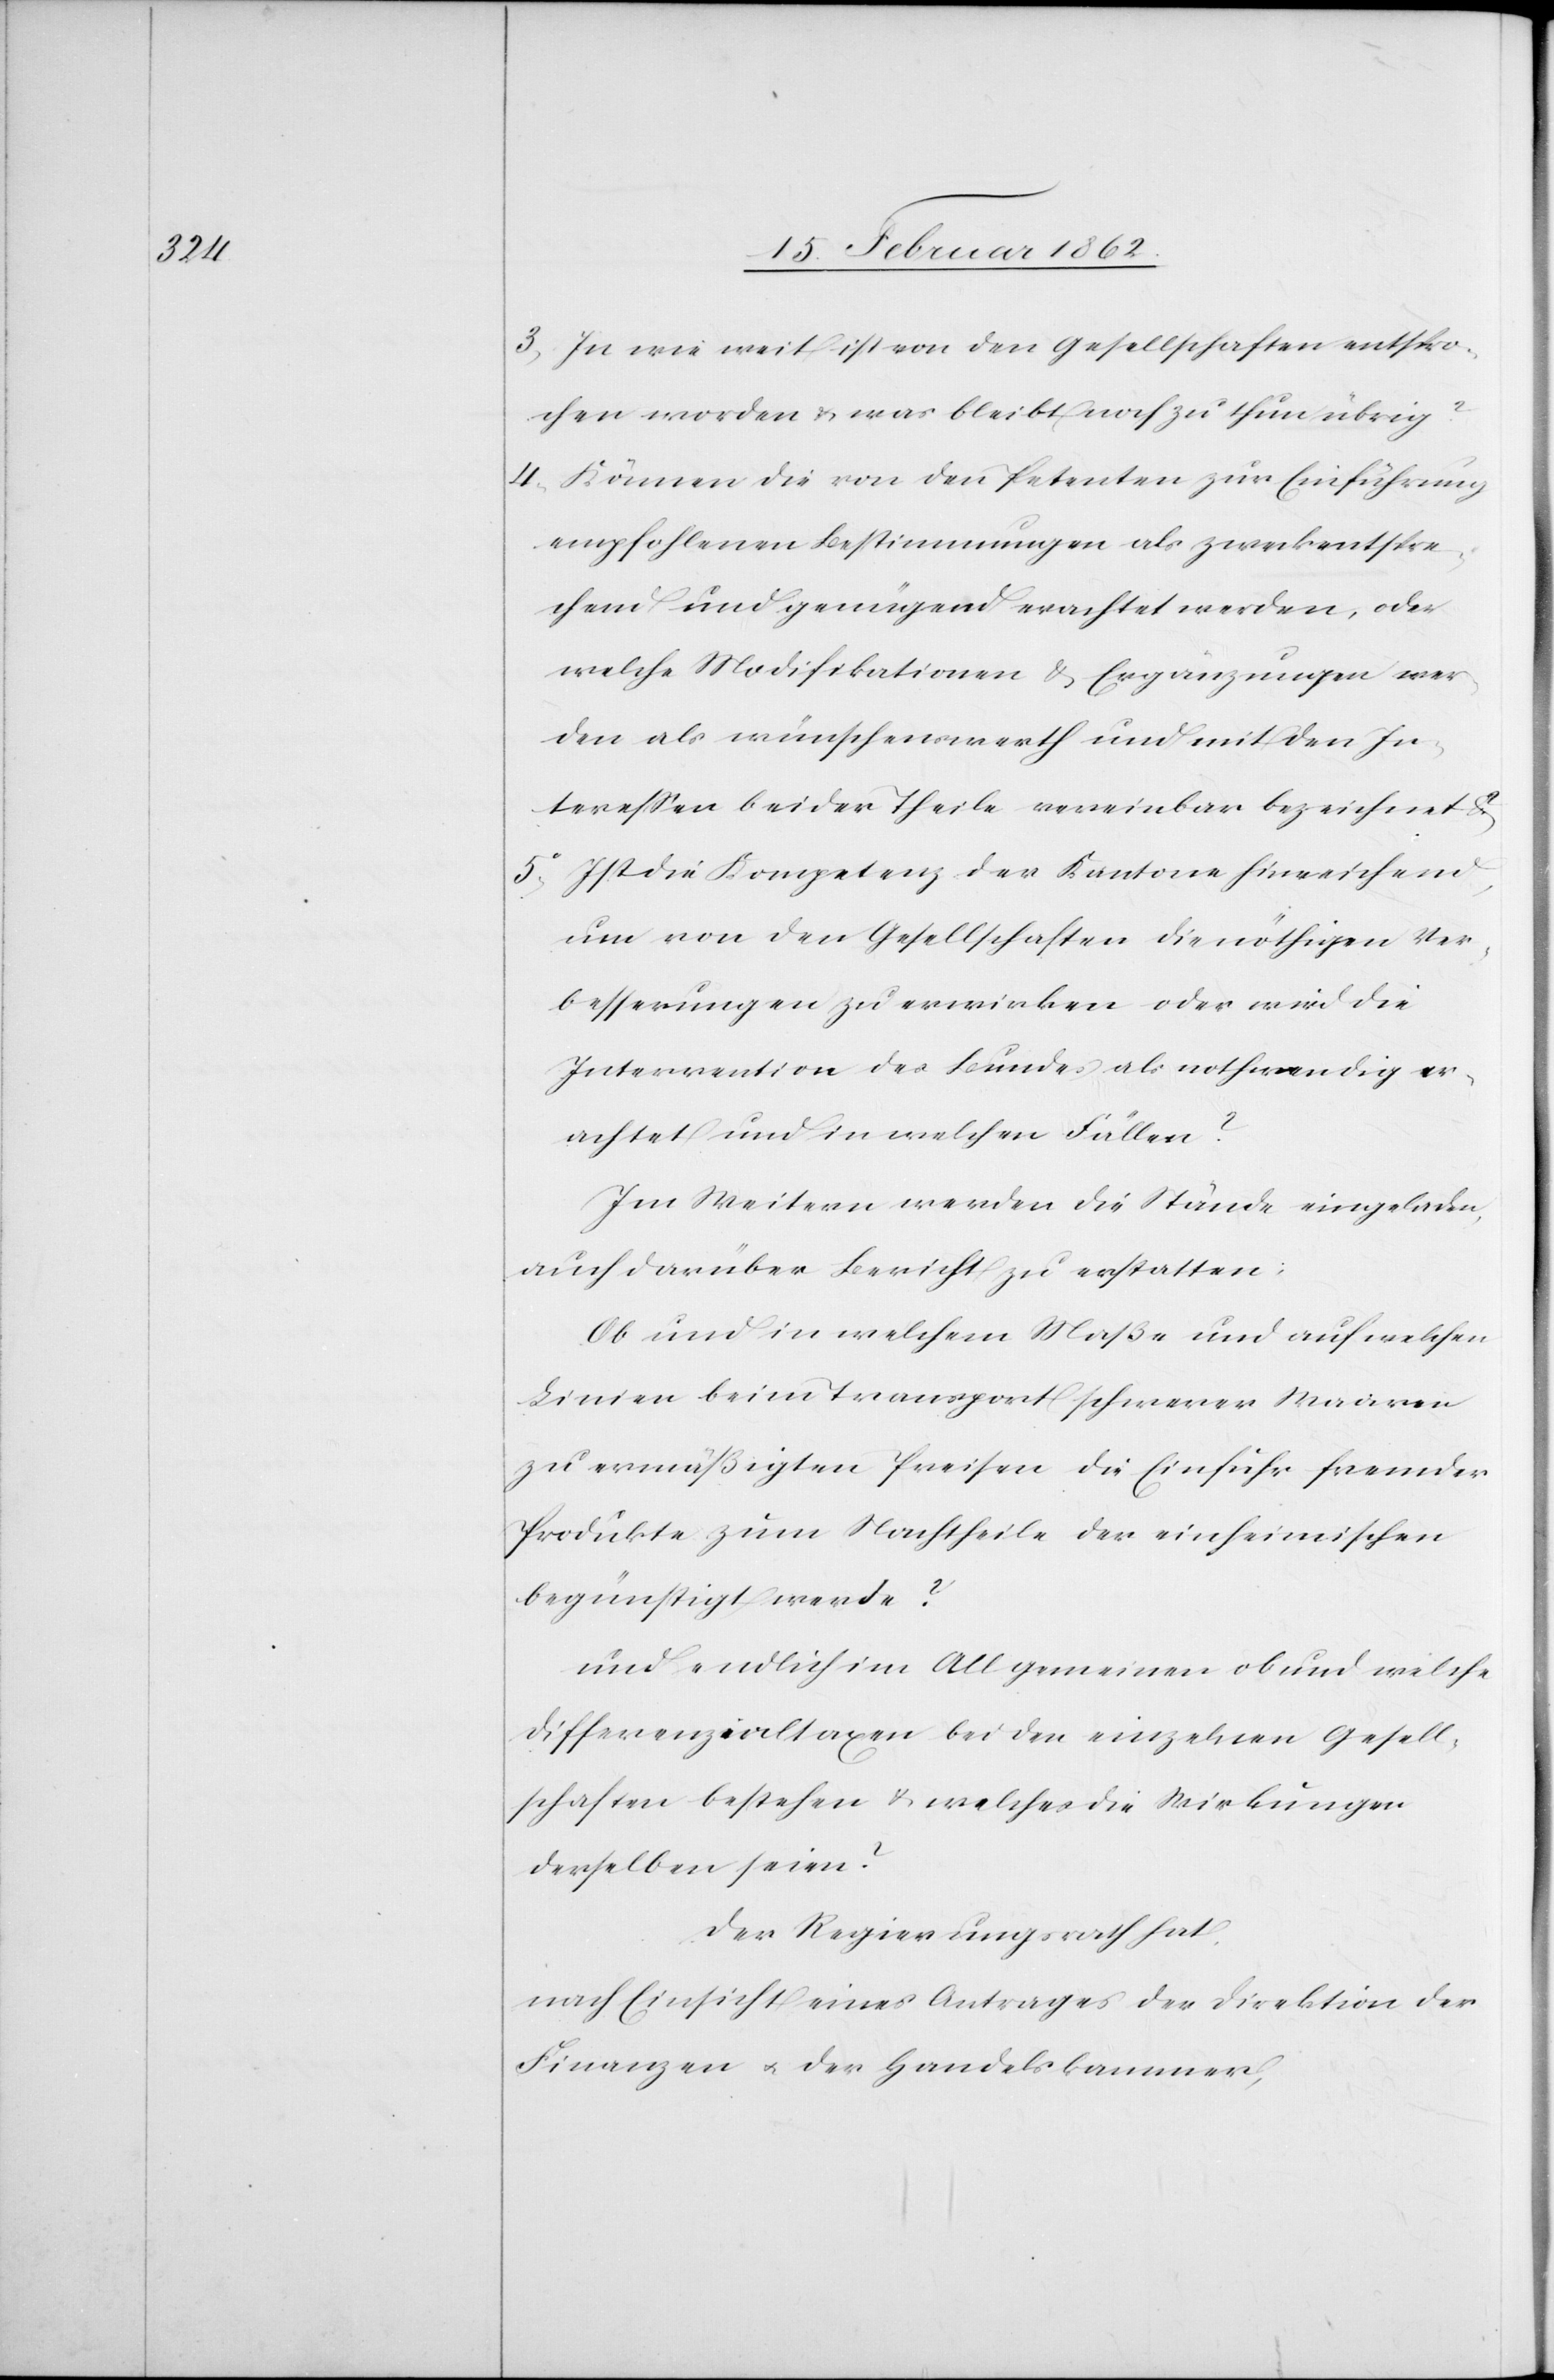
3) In wie weit ist von den Gesellschaften entspro¬
chen worden & was bleibt noch zu thun übrig?
4) Können die von den Petenten zur Einführung
empfohlenen Bedingungen als zweckentspre¬
chend und genügend erachtet werden, oder
welche Modifikationen & Ergänzungen wer¬
den als wünschenswerth und mit den In¬
teressen beider Theile vereinbar bezeichnet?
5) Ist die Kompetenz der Kantone hinreichend,
um von den Gesellschaften die nöthigen Ver¬
besserungen zu erwirken oder wird die
Intervention des Bundes als nothwendig er¬
achtet und in welchen Fällen?
Im Weitern werden die Stände eingeladen,
auch darüber Bericht zu erstatten:
Ob und in welchem Maße und auf welchen
Linien beim Transport schwerer Waaren
zu ermäßigten Preisen die Einfuhr fremder
Produkte zum Nachtheile der einheimischen
begünstigt werde?
und endlich im Allgemeinen ob und welche
Differenzialtaxen bei den einzelnen Gesell¬
schaften bestehen & welches die Wirkungen
derselben seien?
Der Regierungsrath hat,
nach Einsicht eines Antrages der Direktion der
Finanzen u. der Handelskammer,